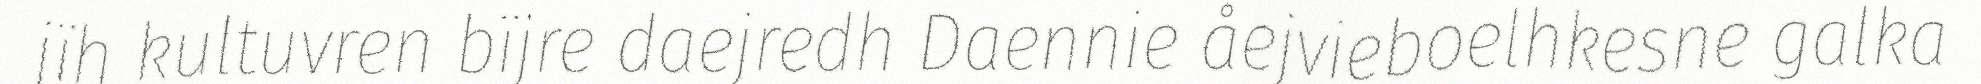
jïh kultuvren bïjre daejredh Daennie åejvieboelhkesne galka